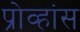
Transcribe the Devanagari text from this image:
प्रोव्हांस